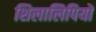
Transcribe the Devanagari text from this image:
शिलालिपियों